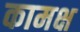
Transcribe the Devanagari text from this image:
कामक्ष